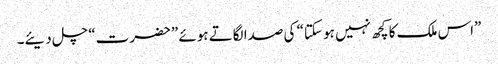
”اس ملک کا کچھ نہیں ہو سکتا“ کی صدا لگاتے ہوئے ”حضرت“ چل دیئے۔